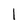
Character: 1